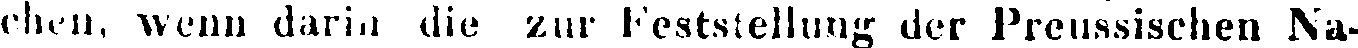
chen, wenn darin die zur Feststellung der Preussischen Na-